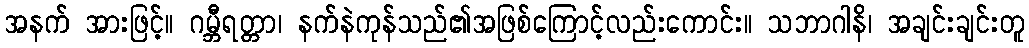
အနက် အားဖြင့်။ ဂမ္ဘီရတ္တာ၊ နက်နဲကုန်သည်၏အဖြစ်ကြောင့်လည်းကောင်း။ သဘာဂါနိ၊ အချင်းချင်းတူ